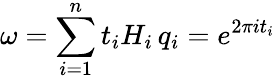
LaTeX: \omega=\sum_{i=1}^{n}t_{i}H_{i}\, q_{i}=e^{2\pi it_{i}}